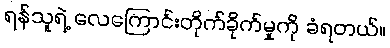
ရန်သူရဲ့ လေကြောင်းတိုက်ခိုက်မှုကို ခံရတယ်။